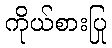
ကိုယ်စားပြု